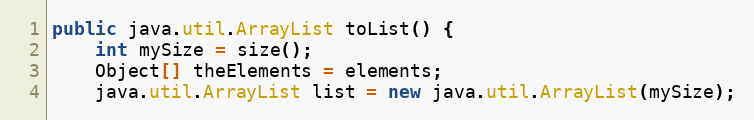
Language: Java
public java.util.ArrayList toList() {
	int mySize = size();
	Object[] theElements = elements;
	java.util.ArrayList list = new java.util.ArrayList(mySize);